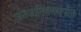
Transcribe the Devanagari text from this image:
जनजातिवनस्पति